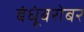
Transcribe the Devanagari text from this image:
बंधूंबरोबर